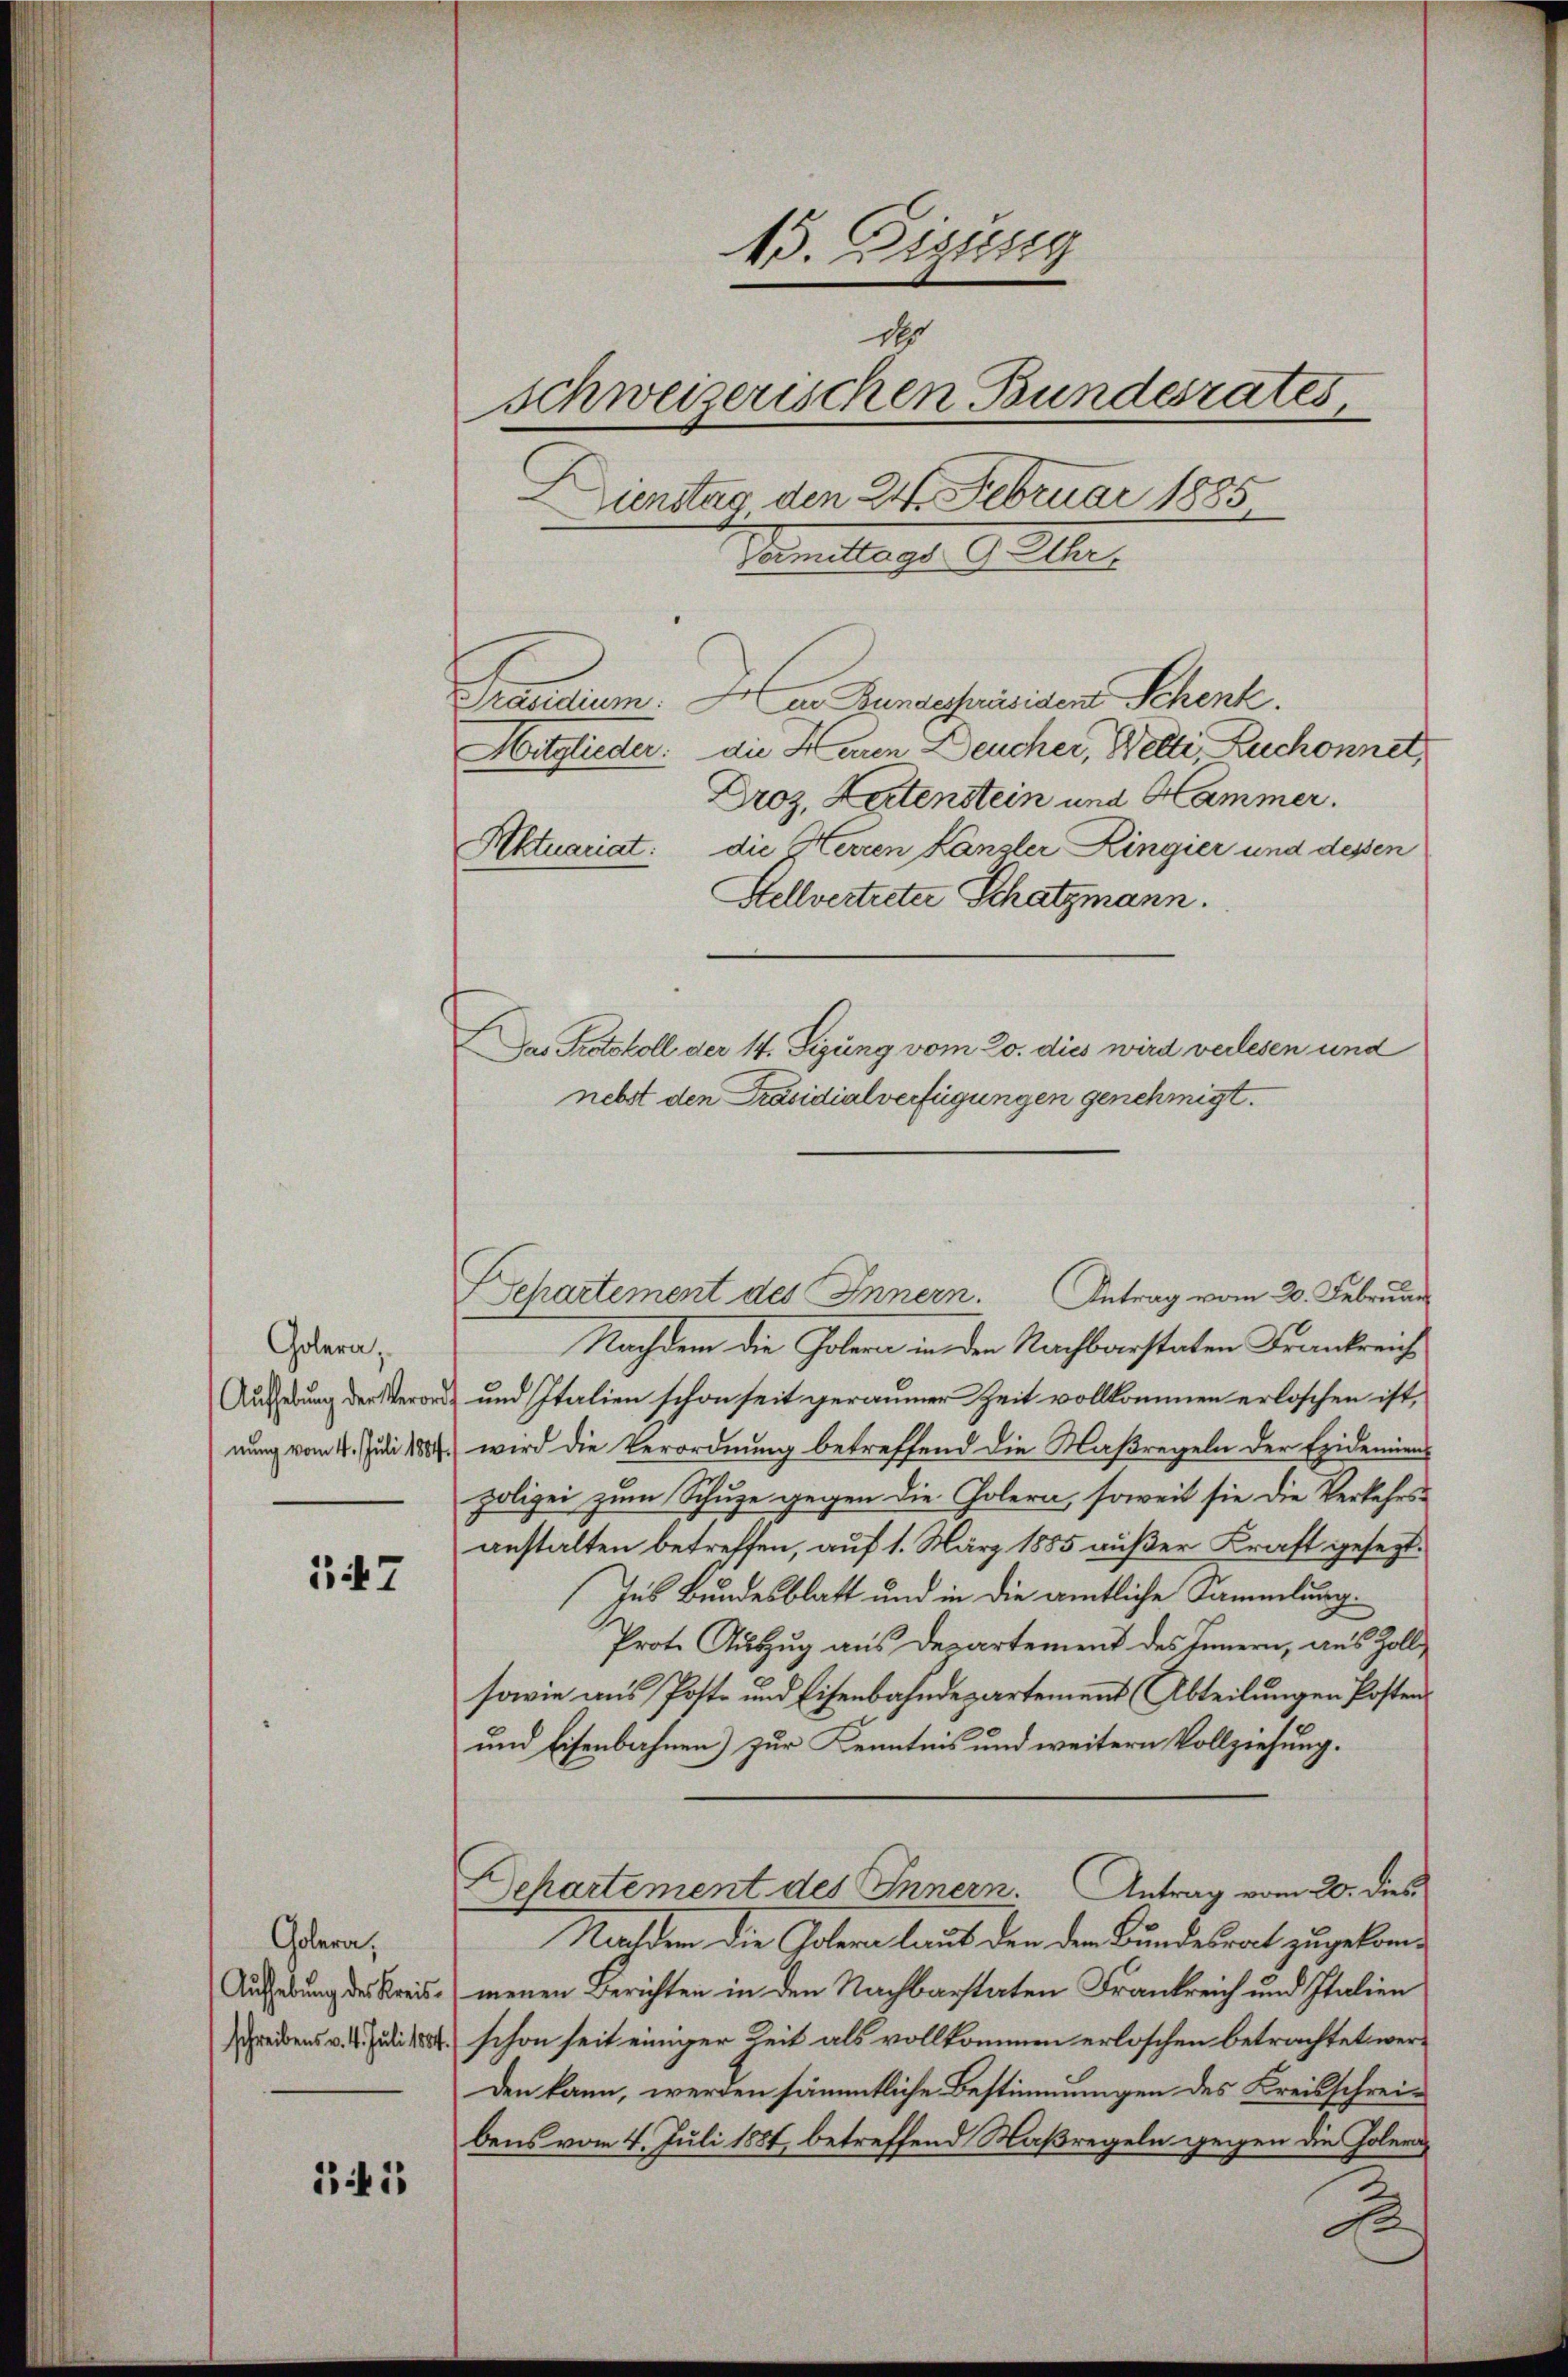
347

145

Golera,
nung vom 4. Juli 1884

Colera,

15. Dizsig
schweizerischen Bundesrates,
Dienstag den 24. Februar 1885
Comittags Gelter

Mitglieder: die Herren Deucher, Welti, Ruchonnet,
Droz, Kartenstein und Hammer.
Aktuariat: die Herren Kanzler Ringier und dessen
Stellvertreter Schatzmann.
Separtement des Innern. Antrag vom 20. Februar
Nachdem die Golera in den Nachbarstaten Frankreich
Aufhebung der Verord- und Italien schon seit geraumer Zeit vollkommen erloschen ist,
wird die Verordnung betreffend die Maßregeln der Epidemiens
polizei zum Schuze gegen die Golern, soweit sie die Verkehrsanstalten betreffen, auf 1. März 1885 außer Kraft gesezt.
Ins Bundesblatt und in die amtliche Sammlung.
Prote Auszug aus Departement des Innern, aus Zoll¬
sowie aus Post- und Eisenbahndepartement (Abteilungen Posten
und Eisenbahnen) zur Kenntnis und weitern Vollziehung.
Departement des Innern. Antrag vom 20. dies
Nachdem die Golera laut den dem Bundesrat zugekom¬
Aufhebung des Kreis- meinen Berichten in den Nachbarstaten Frankreich und Italien
Gredens v. 4. Julikert schon seit einiger Zeit als vollkommen erloschen betrachtet werden kann, werden sämmtliche Bestimmungen des Kreisschreibens vom 4. Juli 1884, betreffend Maßregeln gegen die Golera¬
2

Präsidium. I an Rundespräsiden Schenk.

d

Das Protokoll der 14. Sizung vom 20. dies wird verlesen und
nebst den Präsidialverfügungen genehmigt.